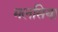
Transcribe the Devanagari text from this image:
मलसिया